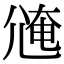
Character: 𡯸